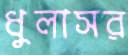
ধুলাসর